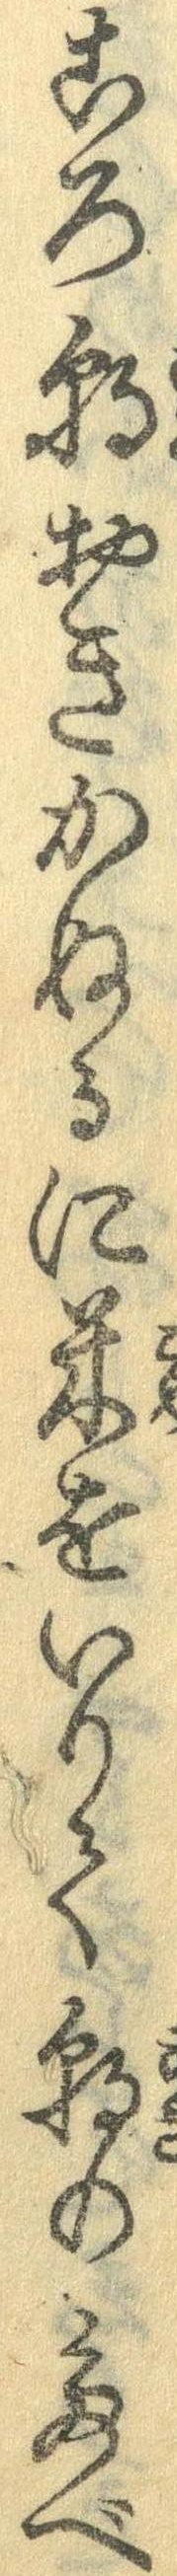
ころ朝おきかぬるに米をいりて朝のたべ